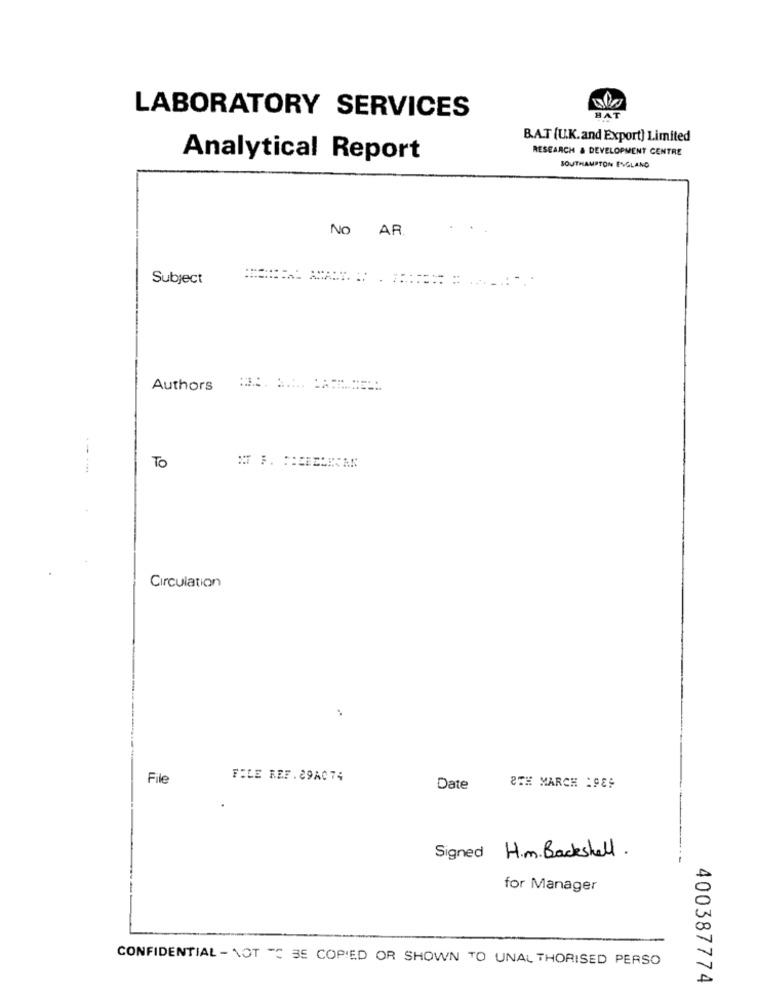
LABORATORY SERVICES
HA
B.A.T (U.K.and Export) Limited
RESEARCH & DEVELOPMENT CENTRE
Analytical Report
SOUTHAMPTON ENGLAND
No AR.
Subject
Authors
TO
CAN
Circulation
File
FILE REF.29A074
Date
8TH MARCH :989
Signed H.m.Backshell.
for Manager
CONFIDENTIAL - NOT TO BE COPIED OR SHOWN TO UNAL THORISED PERSO
400387774